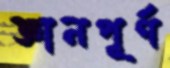
জ্ঞানপূর্ণ